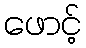
ဖောင့်